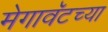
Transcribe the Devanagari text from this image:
मेगावॅटच्या